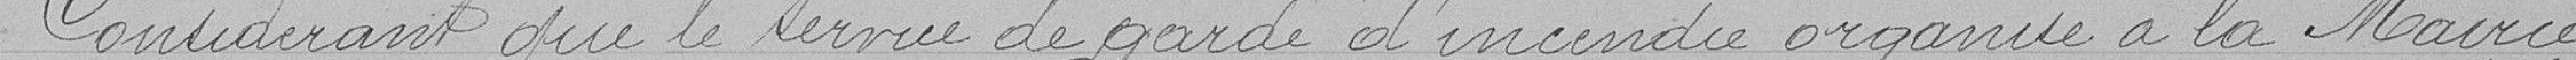
Considérant que le service de garde d'incendie organisé à la Mairie